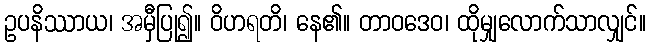
ဥပနိဿာယ၊ အမှီပြု၍။ ဝိဟရတိ၊ နေ၏။ တာဝဒေဝ၊ ထိုမျှလောက်သာလျှင်။